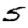
Digit: 5